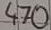
Text: 470